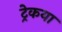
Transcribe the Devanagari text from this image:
ट्रेकया